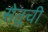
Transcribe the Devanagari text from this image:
सेतूची